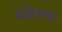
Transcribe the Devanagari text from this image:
इद्धिकथा